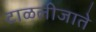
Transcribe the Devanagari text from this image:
टाळलीजाते